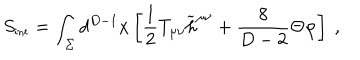
S _ { \mathrm { { \small i n t } } } = \int _ { \Sigma } d ^ { D - 1 } x \left[ { \frac { 1 } { 2 } } T _ { \mu \nu } { \widetilde h } ^ { \mu \nu } + { \frac { 8 } { D - 2 } } \Theta \varphi \right] ~ ,